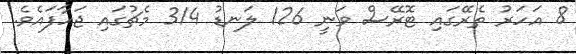
8 އަހަރު ތެރޭގައި ޓޮރޭސް ވަނީ 126 ލަނޑު 314 މެޗުގައި ޖަހާފައެވެ.